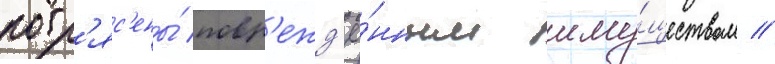
потр'яс'ены́ повр'ежд'ё́нным иму́ществом //